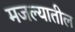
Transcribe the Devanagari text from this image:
मजल्यातील